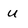
Character: U